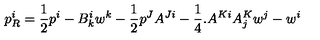
p _ { R } ^ { i } = \frac { 1 } { 2 } p ^ { i } - B _ { k } ^ { i } w ^ { k } - \frac { 1 } { 2 } p ^ { J } A ^ { J i } - \frac { 1 } { 4 } . A ^ { K i } A _ { j } ^ { K } w ^ { j } - w ^ { i }